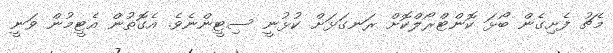
މެޗު ފެށިގެން ބޯޅަ ކޮންޓްރޯލްކޮށް ރަނގަޅަށް ކުޅުނީ ސިޓީންނެވެ. އެގޮތުން އެޓީމުން ވަނީ